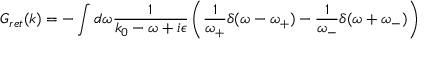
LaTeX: G _ { r e t } ( k ) = - \int d \omega \frac { 1 } { k _ { 0 } - \omega + i \epsilon } \left( \frac { 1 } { \omega _ { + } } \delta ( \omega - \omega _ { + } ) - \frac { 1 } { \omega _ { - } } \delta ( \omega + \omega _ { - } ) \right)